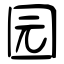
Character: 园